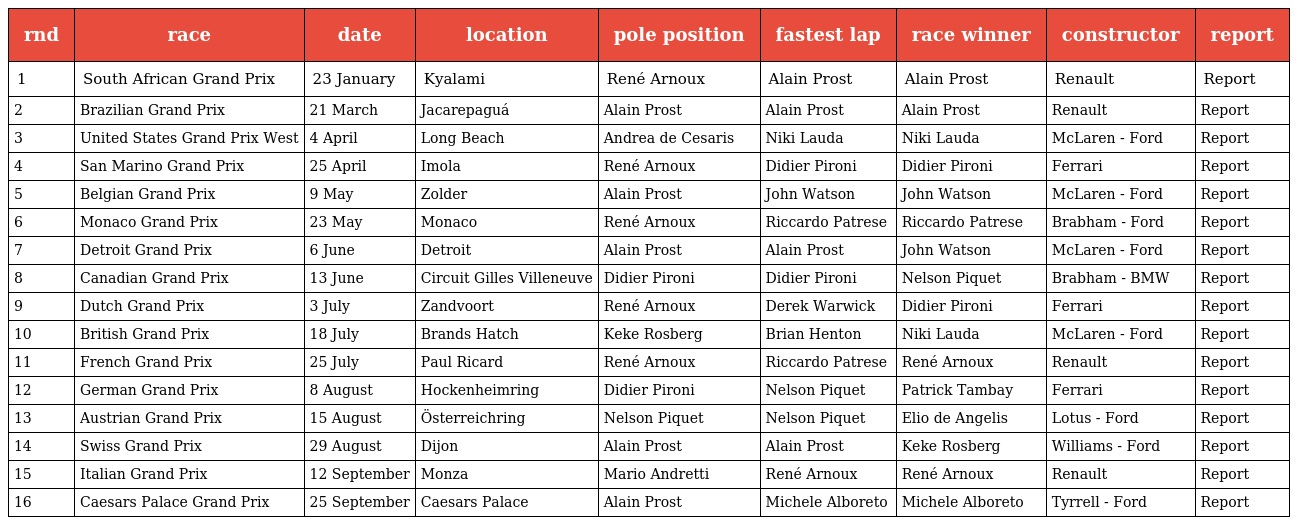
| rnd | race | date | location | pole position | fastest lap | race winner | constructor | report |
 | --- | --- | --- | --- | --- | --- | --- | --- | --- |
 | 1 | South African Grand Prix | 23 January | Kyalami | René Arnoux | Alain Prost | Alain Prost | Renault | Report |
 | 2 | Brazilian Grand Prix | 21 March | Jacarepaguá | Alain Prost | Alain Prost | Alain Prost | Renault | Report |
 | 3 | United States Grand Prix West | 4 April | Long Beach | Andrea de Cesaris | Niki Lauda | Niki Lauda | McLaren - Ford | Report |
 | 4 | San Marino Grand Prix | 25 April | Imola | René Arnoux | Didier Pironi | Didier Pironi | Ferrari | Report |
 | 5 | Belgian Grand Prix | 9 May | Zolder | Alain Prost | John Watson | John Watson | McLaren - Ford | Report |
 | 6 | Monaco Grand Prix | 23 May | Monaco | René Arnoux | Riccardo Patrese | Riccardo Patrese | Brabham - Ford | Report |
 | 7 | Detroit Grand Prix | 6 June | Detroit | Alain Prost | Alain Prost | John Watson | McLaren - Ford | Report |
 | 8 | Canadian Grand Prix | 13 June | Circuit Gilles Villeneuve | Didier Pironi | Didier Pironi | Nelson Piquet | Brabham - BMW | Report |
 | 9 | Dutch Grand Prix | 3 July | Zandvoort | René Arnoux | Derek Warwick | Didier Pironi | Ferrari | Report |
 | 10 | British Grand Prix | 18 July | Brands Hatch | Keke Rosberg | Brian Henton | Niki Lauda | McLaren - Ford | Report |
 | 11 | French Grand Prix | 25 July | Paul Ricard | René Arnoux | Riccardo Patrese | René Arnoux | Renault | Report |
 | 12 | German Grand Prix | 8 August | Hockenheimring | Didier Pironi | Nelson Piquet | Patrick Tambay | Ferrari | Report |
 | 13 | Austrian Grand Prix | 15 August | Österreichring | Nelson Piquet | Nelson Piquet | Elio de Angelis | Lotus - Ford | Report |
 | 14 | Swiss Grand Prix | 29 August | Dijon | Alain Prost | Alain Prost | Keke Rosberg | Williams - Ford | Report |
 | 15 | Italian Grand Prix | 12 September | Monza | Mario Andretti | René Arnoux | René Arnoux | Renault | Report |
 | 16 | Caesars Palace Grand Prix | 25 September | Caesars Palace | Alain Prost | Michele Alboreto | Michele Alboreto | Tyrrell - Ford | Report |